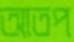
আতপ